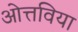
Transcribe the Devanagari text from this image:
ओत्तविया